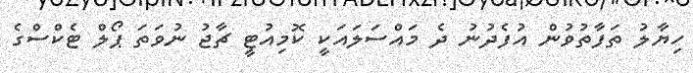
ހިޔާލު ތަފާތުވުން އުފެދުނު ދެ މައްސަލައަކީ ކޮމިއުޓީ ޗާޖު ނުވަތަ ޕޯލް ޓެކްސްގެ